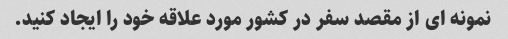
نمونه ای از مقصد سفر در کشور مورد علاقه خود را ایجاد کنید.